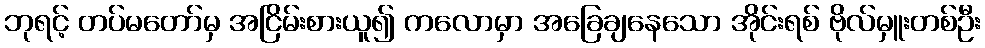
ဘုရင့် တပ်မတော်မှ အငြိမ်းစားယူ၍ ကလောမှာ အခြေချနေသော အိုင်းရစ် ဗိုလ်မှူးတစ်ဦး